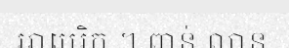
អាមេរិក ។ ពាន់ លាន